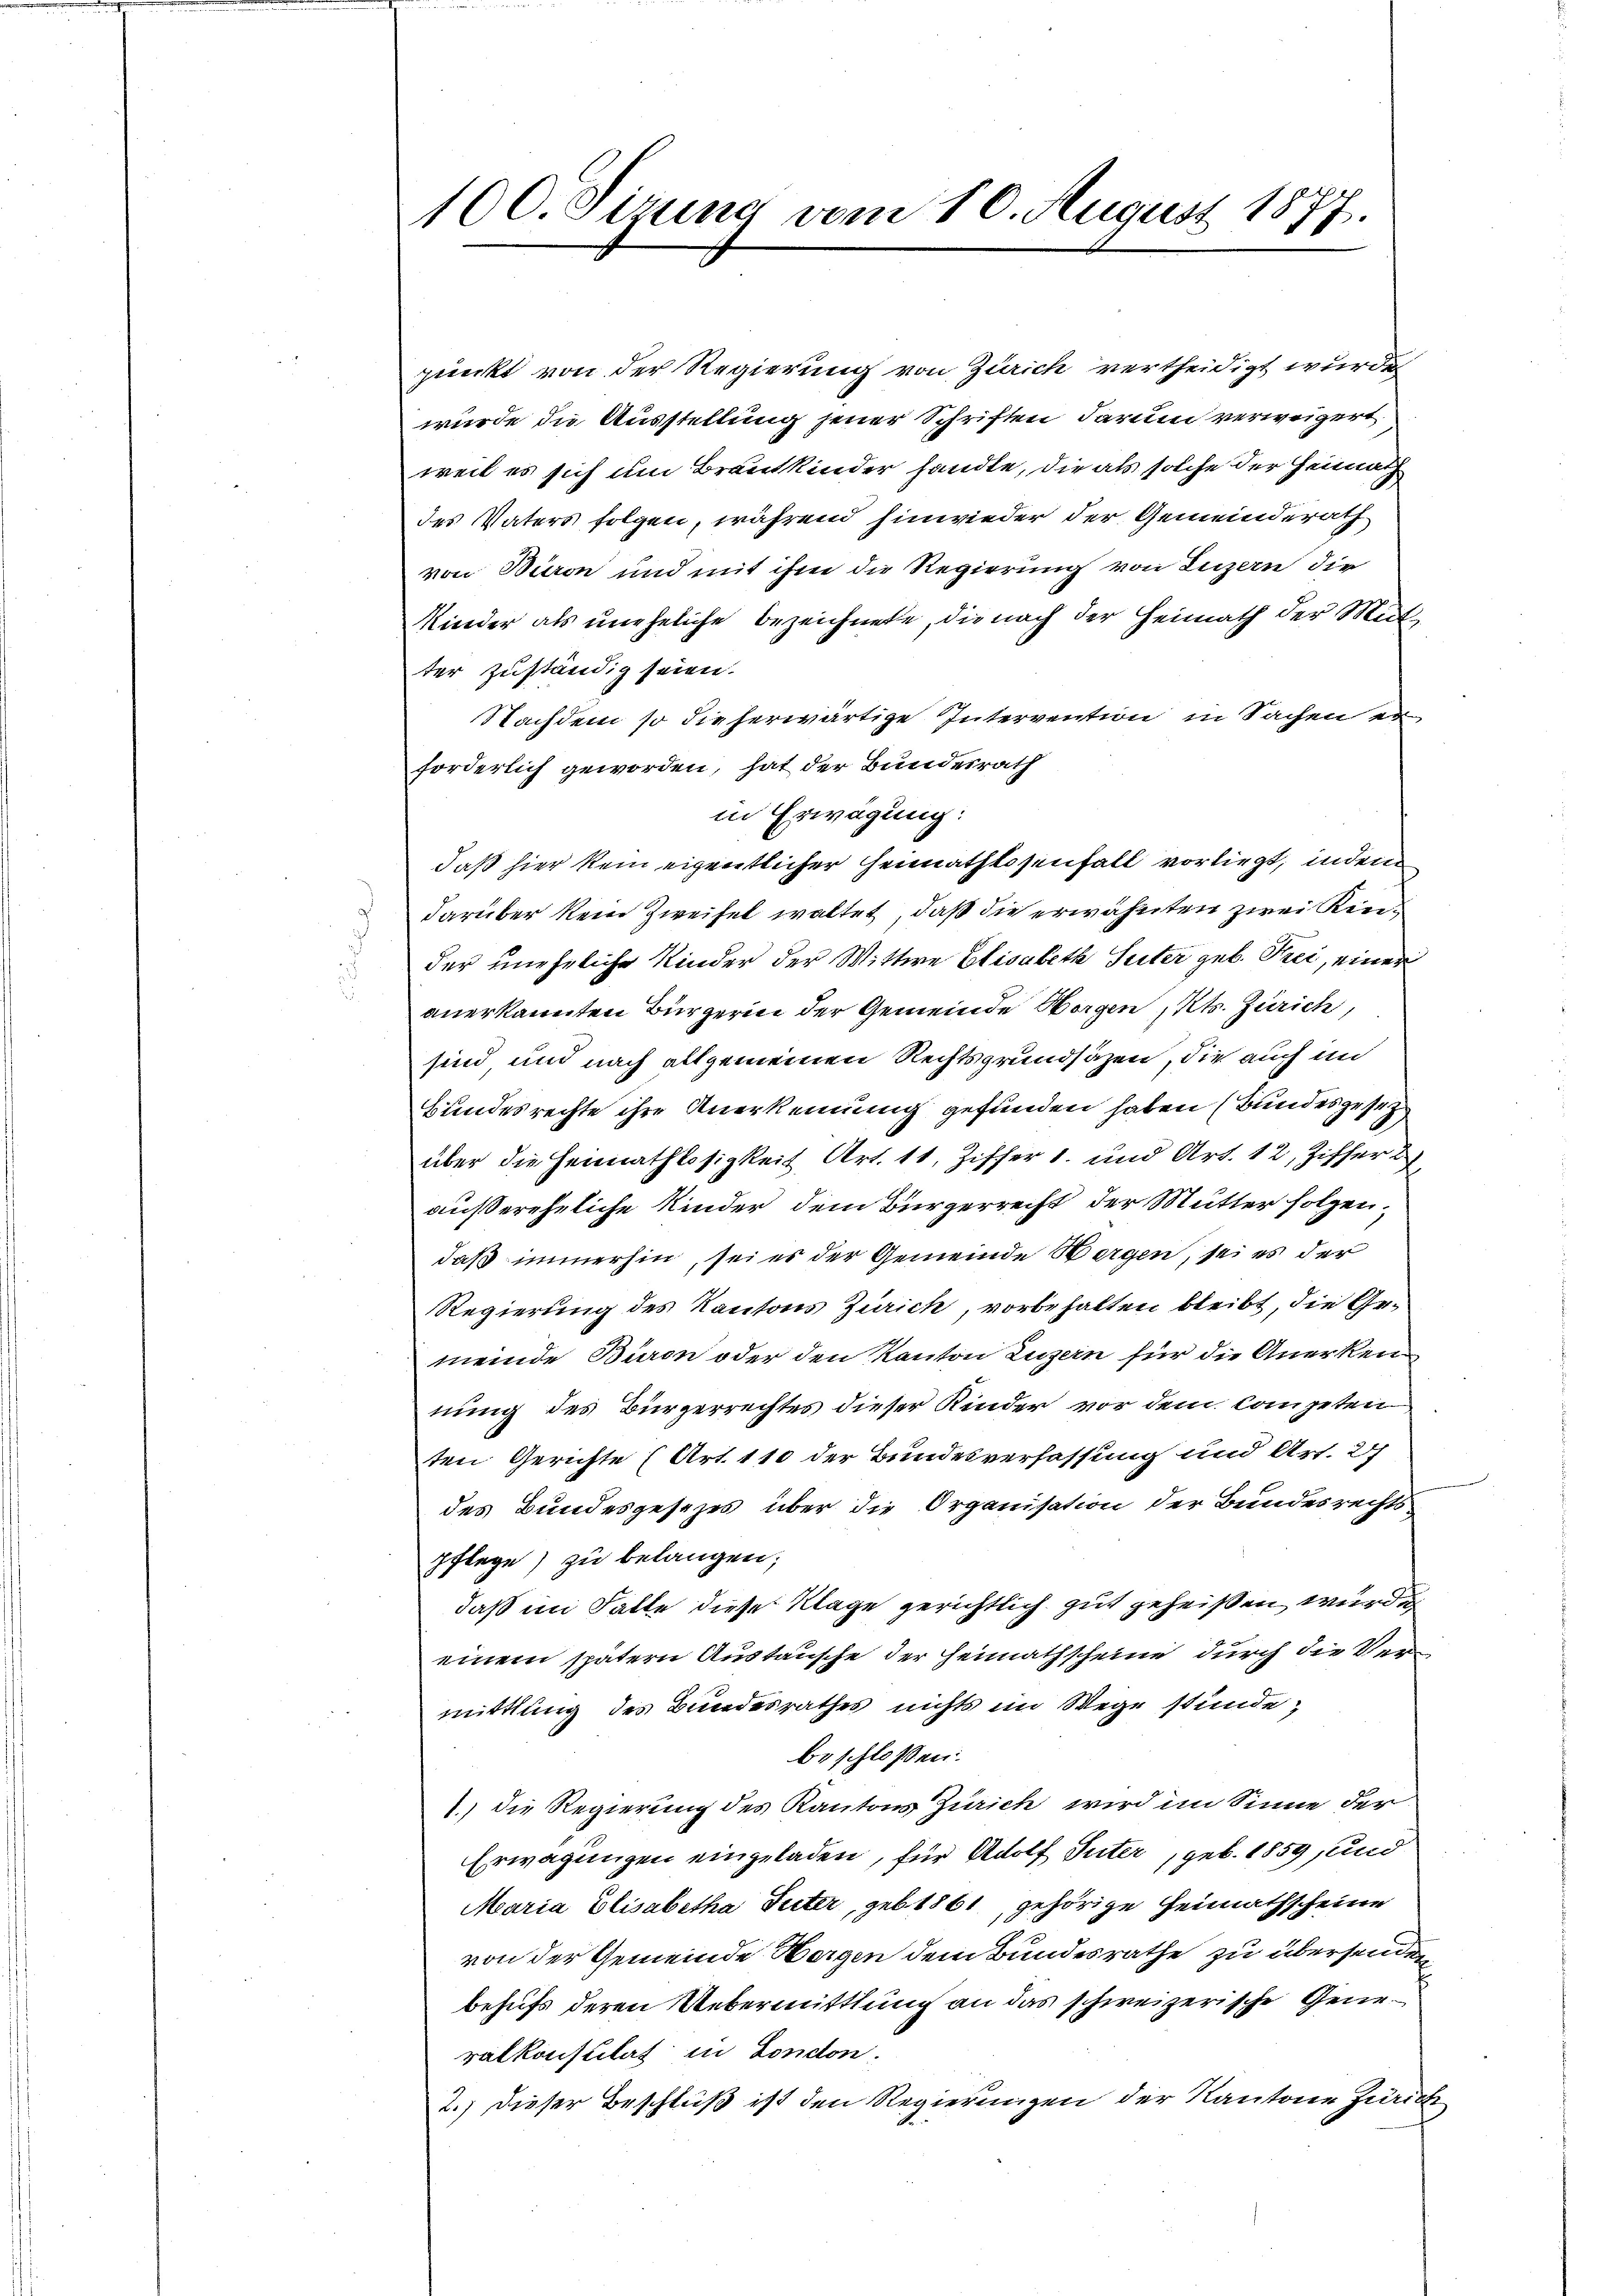
100. Sizung vom 10. August 1877.

punkt von der Regierung von Zürich vertheidigt wurde
wurde die Ausstellung jener Schriften darum verweigert
weil es sich um Brautkinder handle, die als solche der Heimath
des Vaters folgen, während hinwieder der Gemeinderath
von Baron und mit ihm die Regierung von Luzern die
Kinder als uneheliche bezeichnete, die nach der Heimath der Mutter zuständig seien.
Nachdem so die herwärtige Intervention in Sachen er
forderlich geworden, hat der Bundesrath
in Erwägung:
daß hier kein eigentlicher Heimathlosenfall vorliegt, indem
darüber kein Zweifel waltet, daß die erwähnten zwei Kinder uneheliche Kinder der Wittwe Elisabeth Suter geb. Frei, einer
anerkannten Bürgerin der Gemeinde Wagen, Kts. Zürich,
sind, und nach allgemeinen Rechtsgrundsäzen, die auch in
Bundesrechte ihre Anerkennung gefunden haben (Bundesgesetz
über die Heimathlosigkeit Art. 11, Ziffer 1. und Art. 12, Ziffer
außereheliche Kinder dem Bürgerrecht der Mutter folgen,
daß immerhin, sei es der Gemeinde Wergen, sei es der
Regierung des Kantons Zürich, vorbehalten bleibt, die Gemeinde Büron oder den Kanton Luzern für die Anerkennung des Bürgerrechtes dieser Kinder vor dem Competen
ten Gerichte (Art. 110 der Bundesverfassung und Art. 27
des Bundesgesezes über die Organisation der Bundesrechts
pflege zu belangen;
daß im Falle diese Klage gerichtlich gut geheißen wurde
einem spätern Austausche der Heimathscheine durch die Vermittlung des Bundesrathes nichts im Wege stunde;
beschlossen:
1.) die Regierung des Kantons Zürich wird im Sinne der
Erwägungen eingeladen, für Adolf Suter, geb. 1859, und
Maria Elisabetha Suter, geb. 1861, gehörige Heimathscheine
von der Gemeinde Horgen dem Bundesrathe zu übersenden
behufs deren Uebermittlung an das schweizerische Generalkonsulat in London.
2.) Dieser Beschluß ist den Regierungen der Kantonen Zürich